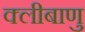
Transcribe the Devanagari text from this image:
क्लीबाणु